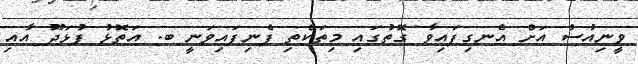
ވީނިއުސް އަށް އެނގިފައިވާ ގޮތުގައި މިތަކެތި ފެނިފައިވަނީ ބ. އަތޮޅު ފުޅަދޫ އާއި